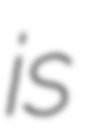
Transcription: is